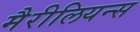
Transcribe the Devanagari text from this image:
मैरीलियन्स